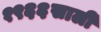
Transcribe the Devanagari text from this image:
१९६६साली